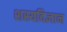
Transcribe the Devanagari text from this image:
शस्यविज्ञान